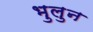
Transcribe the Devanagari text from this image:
भुलुन